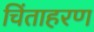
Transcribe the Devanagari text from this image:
चिंताहरण